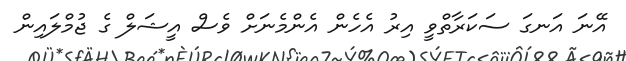
އޭނަ އަނގަ ސަކަރާތްވީ އިރު އެހެން އެންމެނަށް ވެސް އީޝަލް ގެ ޖުމްލައިން